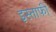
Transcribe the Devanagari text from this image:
इस्ताफी